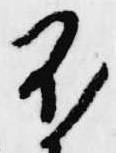
不